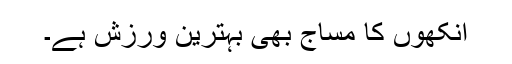
آنکھوں کا مساج بھی بہترین ورزش ہے۔